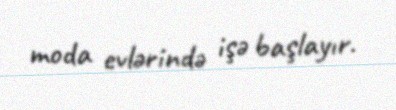
moda evlərində işə başlayır.